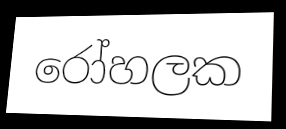
රෝහලක